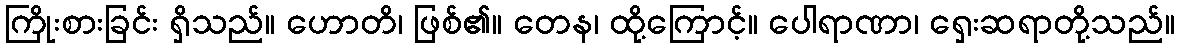
ကြိုးစားခြင်း ရှိသည်။ ဟောတိ၊ ဖြစ်၏။ တေန၊ ထို့ကြောင့်။ ပေါရာဏာ၊ ရှေးဆရာတို့သည်။